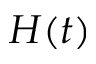
H ( t )